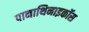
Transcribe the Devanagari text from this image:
पानाथिनाइकॉस